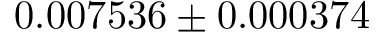
0 . 0 0 7 5 3 6 \pm 0 . 0 0 0 3 7 4